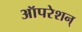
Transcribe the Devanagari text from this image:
ऑपरेशन्